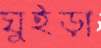
ঘুইড়া